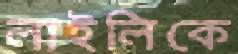
লাইলিকে